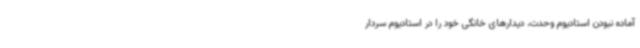
آماده نبودن استادیوم وحدت، دیدارهای خانگی خود را در استادیوم سردار